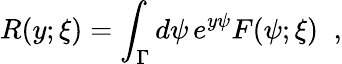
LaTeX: R(y;\xi)=\int_{\Gamma}d\psi\, e^{y\psi}F(\psi;\xi)\; \; ,